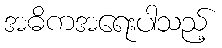
အဓိကအရေးပါသည့်